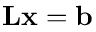
\mathbf { L } \mathbf { x } = \mathbf { b }